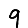
Digit: 9